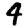
Digit: 4